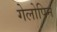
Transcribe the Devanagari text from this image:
गेलोपिन